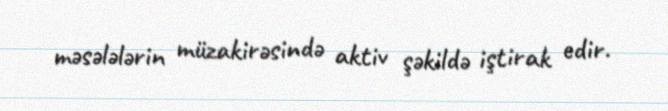
məsələlərin müzakirəsində aktiv şəkildə iştirak edir.